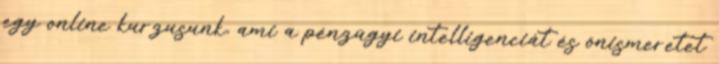
egy online kurzusunk, ami a pénzügyi intelligenciát és önismeretet